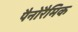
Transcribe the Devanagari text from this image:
पैनोरैमिक